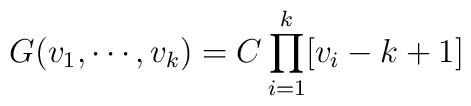
G(v_1,\cdots,v_k)=C\prod_{i=1}^k[v_i-k+1]